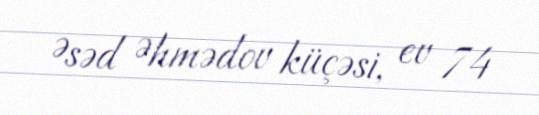
Əsəd Əhmədov küçəsi, ev 74